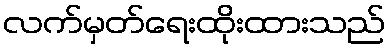
လက်မှတ်ရေးထိုးထားသည်